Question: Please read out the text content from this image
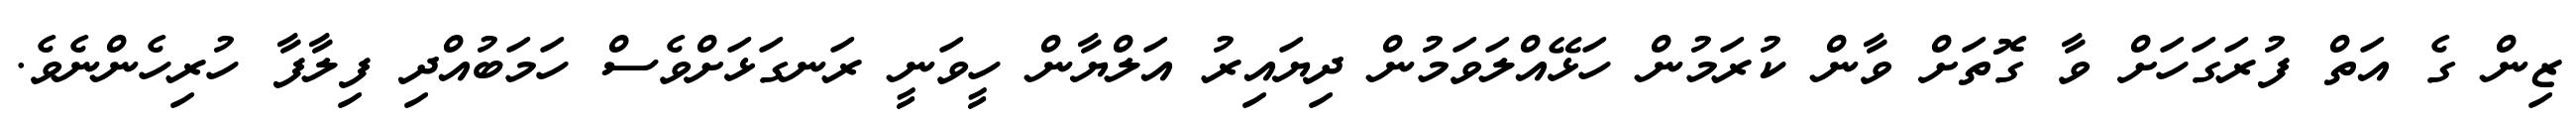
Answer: ޒިން ގެ އަތް ފުރަގަހަށް ވާ ގޮތަށް ވާން ކުރަމުން ހަޅޭއްލަވަމުން ދިޔައިރު އަލްޔާން ހީވަނީ ރަނގަޅަށްވެސް ހަމަބުއްދި ފިލާފާ ހުރިހެންނެވެ.